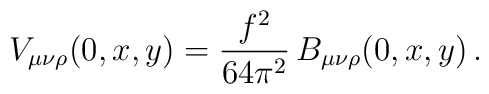
V_{\mu\nu\rho}(0,x,y)=\frac{f^2}{64\pi^2}\,B_{\mu\nu\rho}(0,x,y)\, .